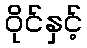
ဝိုင်နှင့်